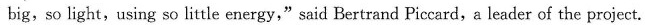
big,so light,using so little energy,“said Bertrand Piccard,a leader of the project.